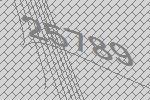
25789